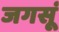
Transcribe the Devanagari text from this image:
जगसूं